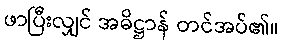
ဖာပြီးလျှင် အဓိဋ္ဌာန် တင်အပ်၏။